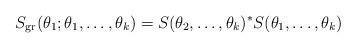
LaTeX: \begin{gather*}S_{\rm gr}(\theta_{1}; \theta_{1},\dots,\theta_{k})=S(\theta_{2},\dots,\theta_{k})^{\ast}S(\theta_{1},\dots,\theta_{k})\end{gather*}